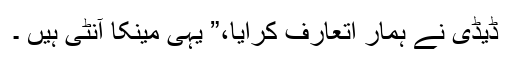
ڈیڈی نے ہمار اتعارف کرایا،” یہی مینکا آنٹی ہیں ۔